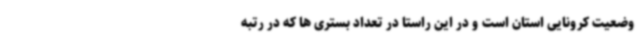
وضعیت کرونایی استان است و در این راستا در تعداد بستری ها که در رتبه